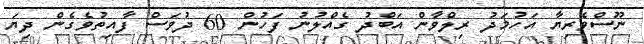
ނޫސްވެރިޔާ އަހުމަދު ރިލްވާން އަބްދު ގެއްލުނު ފަހުން 60 ދުވަސް ފާއިތުވެގެން ދިޔަ